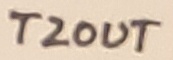
Text: T2OUT